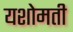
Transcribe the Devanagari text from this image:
यशोमती